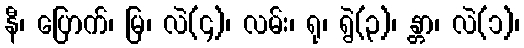
နီ၊ ပြောက်၊ မြ၊ လဲ(၄)၊ လမ်း၊ ရု၊ ရွဲ(၃)၊ န္တာ၊ လဲ(၁)၊